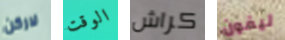
لاركن الوقت كراش ليفون